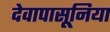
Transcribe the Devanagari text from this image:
देवापासूनिया